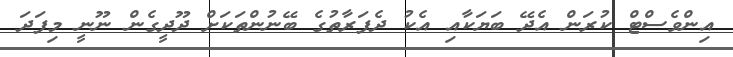
އިންވެސްޓް ކުރަން އެދޭ ބަޔަކާއި އެކު ދެފަރާތުގެ ބޭނުންތަކަށް ދޫދީގެން ނޫނީ މިފަދަ